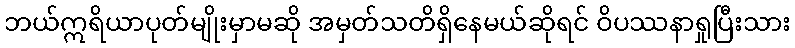
ဘယ်ဣရိယာပုတ်မျိုးမှာမဆို အမှတ်သတိရှိနေမယ်ဆိုရင် ဝိပဿနာရှုပြီးသား